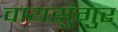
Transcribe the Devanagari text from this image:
वायसुंगुर